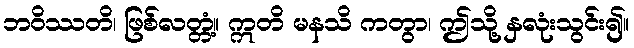
ဘဝိဿတိ၊ ဖြစ်လတ္တံ့။ ဣတိ မနသိ ကတွာ၊ ဤသို့ နှလုံးသွင်း၍။